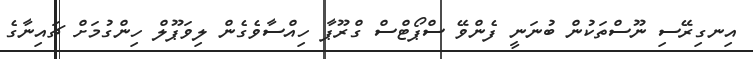
އިނގިރޭސި ނޫސްތަކުން ބުނަނީ ފެންވޭ ސްޕޯޓްސް ގްރޫޕާ ހިއްސާވެގެން ލިވަޕޫލް ހިންގުމަށް ޗައިނާގެ